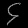
Digit: ၄